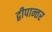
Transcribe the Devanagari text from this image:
द्वीपान्तर